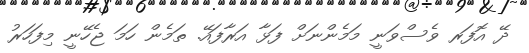
ދޭ އޮފަރ ވެސްވަނީ މަމެންނަށް ފަޅާ އަރާފައޭ. ތަމެން ހަމަ ޖެހޭނީ މިފަހަރު